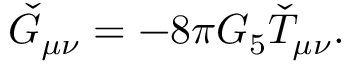
\check { G } _ { \mu \nu } = - 8 \pi G _ { 5 } \check { T } _ { \mu \nu } .